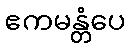
ဧကမန္တံပေ